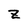
Character: z